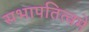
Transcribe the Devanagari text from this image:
सभापतित्वमे